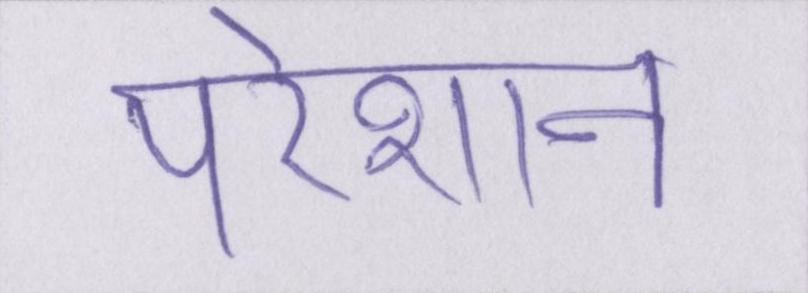
परेशान